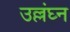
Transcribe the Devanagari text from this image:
उल्लंघ्न